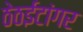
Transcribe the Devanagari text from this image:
ठेठईटांगर